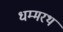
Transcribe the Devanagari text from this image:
धम्मरथ